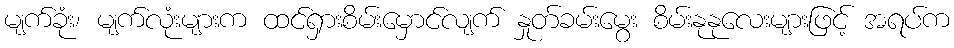
မျက်ခုံး၊ မျက်လုံးများက ထင်ရှားစိမ်းမှောင်လျက် နှုတ်ခမ်းမွေး စိမ်းနုနုလေးများဖြင့် အရပ်က